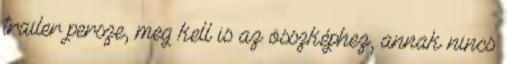
trailer persze, meg kell is az összképhez, annak nincs